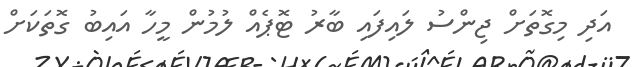
އަދި މިގޮތަށް ޖިންސު ލައިފައި ބާރު ޓޮޕެއް ލުމުން މީހާ އައިބު ގޮތަކަށް